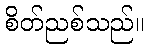
စိတ်ညစ်သည်။